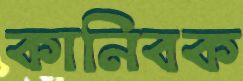
কানিবক